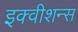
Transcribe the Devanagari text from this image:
इक्‍वीशन्‍स